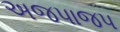
અજપાજપ